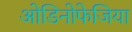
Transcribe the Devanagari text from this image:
ओडिनोफेजिया